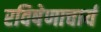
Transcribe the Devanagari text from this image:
रविषेणाचार्य